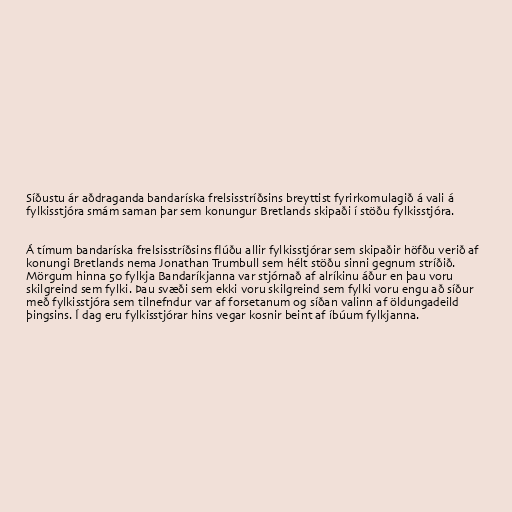
Síðustu ár aðdraganda bandaríska frelsisstríðsins breyttist fyrirkomulagið á vali á
fylkisstjóra smám saman þar sem konungur Bretlands skipaði í stöðu fylkisstjóra.

Á tímum bandaríska frelsisstríðsins flúðu allir fylkisstjórar sem skipaðir höfðu verið af
konungi Bretlands nema Jonathan Trumbull sem hélt stöðu sinni gegnum stríðið.
Mörgum hinna 50 fylkja Bandaríkjanna var stjórnað af alríkinu áður en þau voru
skilgreind sem fylki. Þau svæði sem ekki voru skilgreind sem fylki voru engu að síður
með fylkisstjóra sem tilnefndur var af forsetanum og síðan valinn af öldungadeild
þingsins. Í dag eru fylkisstjórar hins vegar kosnir beint af íbúum fylkjanna.